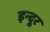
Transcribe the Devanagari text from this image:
इन्दूर